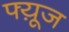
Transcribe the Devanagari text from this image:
फ्य़ूज